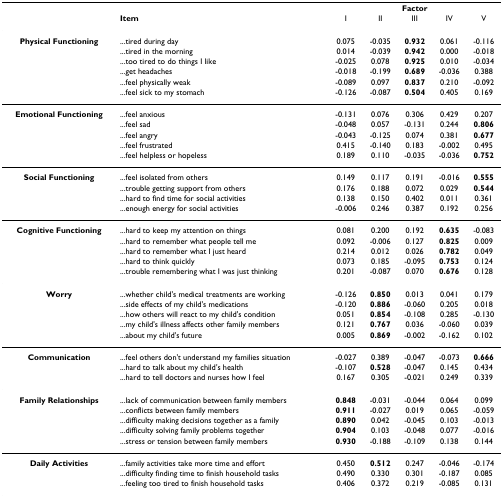
<table><thead><tr><td></td><td></td><td colspan="5"><b>Factor</b></td></tr><tr><td></td><td><b>Item</b></td><td><b>I</b></td><td><b>II</b></td><td><b>III</b></td><td><b>IV</b></td><td><b>V</b></td></tr></thead><tbody><tr><td><b>Physical Functioning</b></td><td>...tired during day</td><td>0.075</td><td>-0.035</td><td><b>0.932</b></td><td>0.061</td><td>-0.116</td></tr><tr><td></td><td>...tired in the morning</td><td>0.014</td><td>-0.039</td><td><b>0.942</b></td><td>0.000</td><td>-0.018</td></tr><tr><td></td><td>...too tired to do things I like</td><td>-0.025</td><td>0.078</td><td><b>0.925</b></td><td>0.010</td><td>-0.034</td></tr><tr><td></td><td>...get headaches</td><td>-0.018</td><td>-0.199</td><td><b>0.689</b></td><td>-0.036</td><td>0.388</td></tr><tr><td></td><td>...feel physically weak</td><td>-0.089</td><td>0.097</td><td><b>0.837</b></td><td>0.210</td><td>-0.092</td></tr><tr><td></td><td>...feel sick to my stomach</td><td>-0.126</td><td>-0.087</td><td><b>0.504</b></td><td>0.405</td><td>0.169</td></tr><tr><td><b>Emotional Functioning</b></td><td>...feel anxious</td><td>-0.131</td><td>0.076</td><td>0.306</td><td>0.429</td><td>0.207</td></tr><tr><td></td><td>...feel sad</td><td>-0.048</td><td>0.057</td><td>-0.131</td><td>0.244</td><td><b>0.806</b></td></tr><tr><td></td><td>...feel angry</td><td>-0.043</td><td>-0.125</td><td>0.074</td><td>0.381</td><td><b>0.677</b></td></tr><tr><td></td><td>...feel frustrated</td><td>0.415</td><td>-0.140</td><td>0.183</td><td>-0.002</td><td>0.495</td></tr><tr><td></td><td>...feel helpless or hopeless</td><td>0.189</td><td>0.110</td><td>-0.035</td><td>-0.036</td><td><b>0.752</b></td></tr><tr><td><b>Social Functioning</b></td><td>...feel isolated from others</td><td>0.149</td><td>0.117</td><td>0.191</td><td>-0.016</td><td><b>0.555</b></td></tr><tr><td></td><td>...trouble getting support from others</td><td>0.176</td><td>0.188</td><td>0.072</td><td>0.029</td><td><b>0.544</b></td></tr><tr><td></td><td>...hard to find time for social activities</td><td>0.138</td><td>0.150</td><td>0.402</td><td>0.011</td><td>0.361</td></tr><tr><td></td><td>...enough energy for social activities</td><td>-0.006</td><td>0.246</td><td>0.387</td><td>0.192</td><td>0.256</td></tr><tr><td><b>Cognitive Functioning</b></td><td>...hard to keep my attention on things</td><td>0.081</td><td>0.200</td><td>0.192</td><td><b>0.635</b></td><td>-0.083</td></tr><tr><td></td><td>...hard to remember what people tell me</td><td>0.092</td><td>-0.006</td><td>0.127</td><td><b>0.825</b></td><td>0.009</td></tr><tr><td></td><td>...hard to remember what I just heard</td><td>0.214</td><td>0.012</td><td>0.026</td><td><b>0.782</b></td><td>0.049</td></tr><tr><td></td><td>...hard to think quickly</td><td>0.073</td><td>0.185</td><td>-0.095</td><td><b>0.753</b></td><td>0.124</td></tr><tr><td></td><td>...trouble remembering what I was just thinking</td><td>0.201</td><td>-0.087</td><td>0.070</td><td><b>0.676</b></td><td>0.128</td></tr><tr><td><b>Worry</b></td><td>...whether child&#x27;s medical treatments are working</td><td>-0.126</td><td><b>0.850</b></td><td>0.013</td><td>0.041</td><td>0.179</td></tr><tr><td></td><td>...side effects of my child&#x27;s medications</td><td>-0.120</td><td><b>0.886</b></td><td>-0.060</td><td>0.205</td><td>0.018</td></tr><tr><td></td><td>...how others will react to my child&#x27;s condition</td><td>0.051</td><td><b>0.854</b></td><td>-0.108</td><td>0.285</td><td>-0.130</td></tr><tr><td></td><td>...my child&#x27;s illness affects other family members</td><td>0.121</td><td><b>0.767</b></td><td>0.036</td><td>-0.060</td><td>0.039</td></tr><tr><td></td><td>...about my child&#x27;s future</td><td>0.005</td><td><b>0.869</b></td><td>-0.002</td><td>-0.162</td><td>0.102</td></tr><tr><td><b>Communication</b></td><td>...feel others don&#x27;t understand my families situation</td><td>-0.027</td><td>0.389</td><td>-0.047</td><td>-0.073</td><td><b>0.666</b></td></tr><tr><td></td><td>...hard to talk about my child&#x27;s health</td><td>-0.107</td><td><b>0.528</b></td><td>-0.047</td><td>0.145</td><td>0.434</td></tr><tr><td></td><td>...hard to tell doctors and nurses how I feel</td><td>0.167</td><td>0.305</td><td>-0.021</td><td>0.249</td><td>0.339</td></tr><tr><td><b>Family Relationships</b></td><td>...lack of communication between family members</td><td><b>0.848</b></td><td>-0.031</td><td>-0.044</td><td>0.064</td><td>0.099</td></tr><tr><td></td><td>...conflicts between family members</td><td><b>0.911</b></td><td>-0.027</td><td>0.019</td><td>0.065</td><td>-0.059</td></tr><tr><td></td><td>...difficulty making decisions together as a family</td><td><b>0.890</b></td><td>0.042</td><td>-0.045</td><td>0.103</td><td>-0.013</td></tr><tr><td></td><td>...difficulty solving family problems together</td><td><b>0.904</b></td><td>0.103</td><td>-0.048</td><td>0.077</td><td>-0.016</td></tr><tr><td></td><td>...stress or tension between family members</td><td><b>0.930</b></td><td>-0.188</td><td>-0.109</td><td>0.138</td><td>0.144</td></tr><tr><td><b>Daily Activities</b></td><td>...family activities take more time and effort</td><td>0.450</td><td><b>0.512</b></td><td>0.247</td><td>-0.046</td><td>-0.174</td></tr><tr><td></td><td>...difficulty finding time to finish household tasks</td><td>0.490</td><td>0.330</td><td>0.301</td><td>-0.187</td><td>0.085</td></tr><tr><td></td><td>...feeling too tired to finish household tasks</td><td>0.406</td><td>0.372</td><td>0.219</td><td>-0.085</td><td>0.131</td></tr></tbody></table>